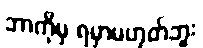
ဘာကိုမှ ရမှာမဟုတ်ဘူး